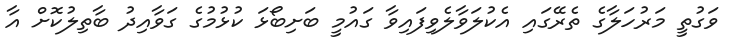
ވަގުތީ މަރުހަލާގެ ތެރޭގައި އެކުލަވާލެވިފައިވާ ގައުމީ ބަށިބޯޅަ ކުޅުމުގެ ގަވާއިދު ބާތިލުކޮށް އާ